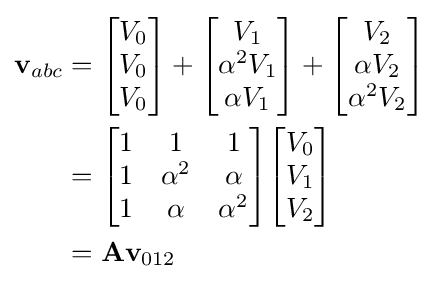
{\begin{aligned}\mathbf {v} _{abc}&={\begin{bmatrix}V_{0}\\V_{0}\\V_{0}\end{bmatrix}}+{\begin{bmatrix}V_{1}\\\alpha ^{2}V_{1}\\\alpha V_{1}\end{bmatrix}}+{\begin{bmatrix}V_{2}\\\alpha V_{2}\\\alpha ^{2}V_{2}\end{bmatrix}}\\&={\begin{bmatrix}1&1&1\\1&\alpha ^{2}&\alpha \\1&\alpha &\alpha ^{2}\end{bmatrix}}{\begin{bmatrix}V_{0}\\V_{1}\\V_{2}\end{bmatrix}}\\&={\textbf {A}}\mathbf {v} _{012}\end{aligned}}